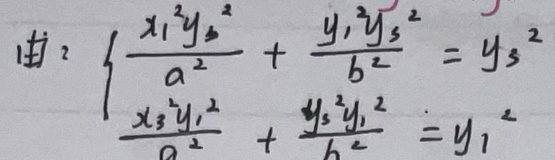
\begin{equation}
\left\{
\begin{array}{l}
\frac{x_{1}^{2}y_{2}^{2}}{a^{2}}+\frac{y_{1}^{2}y_{3}^{2}}{b^{2}}=y_{3}^{2}\\
\frac{x_{3}^{2}y_{1}^{2}}{a^{2}}+\frac{y_{3}^{2}y_{1}^{2}}{b^{2}}=y_{1}^{2}
\end{array}
\right.
\end{equation}